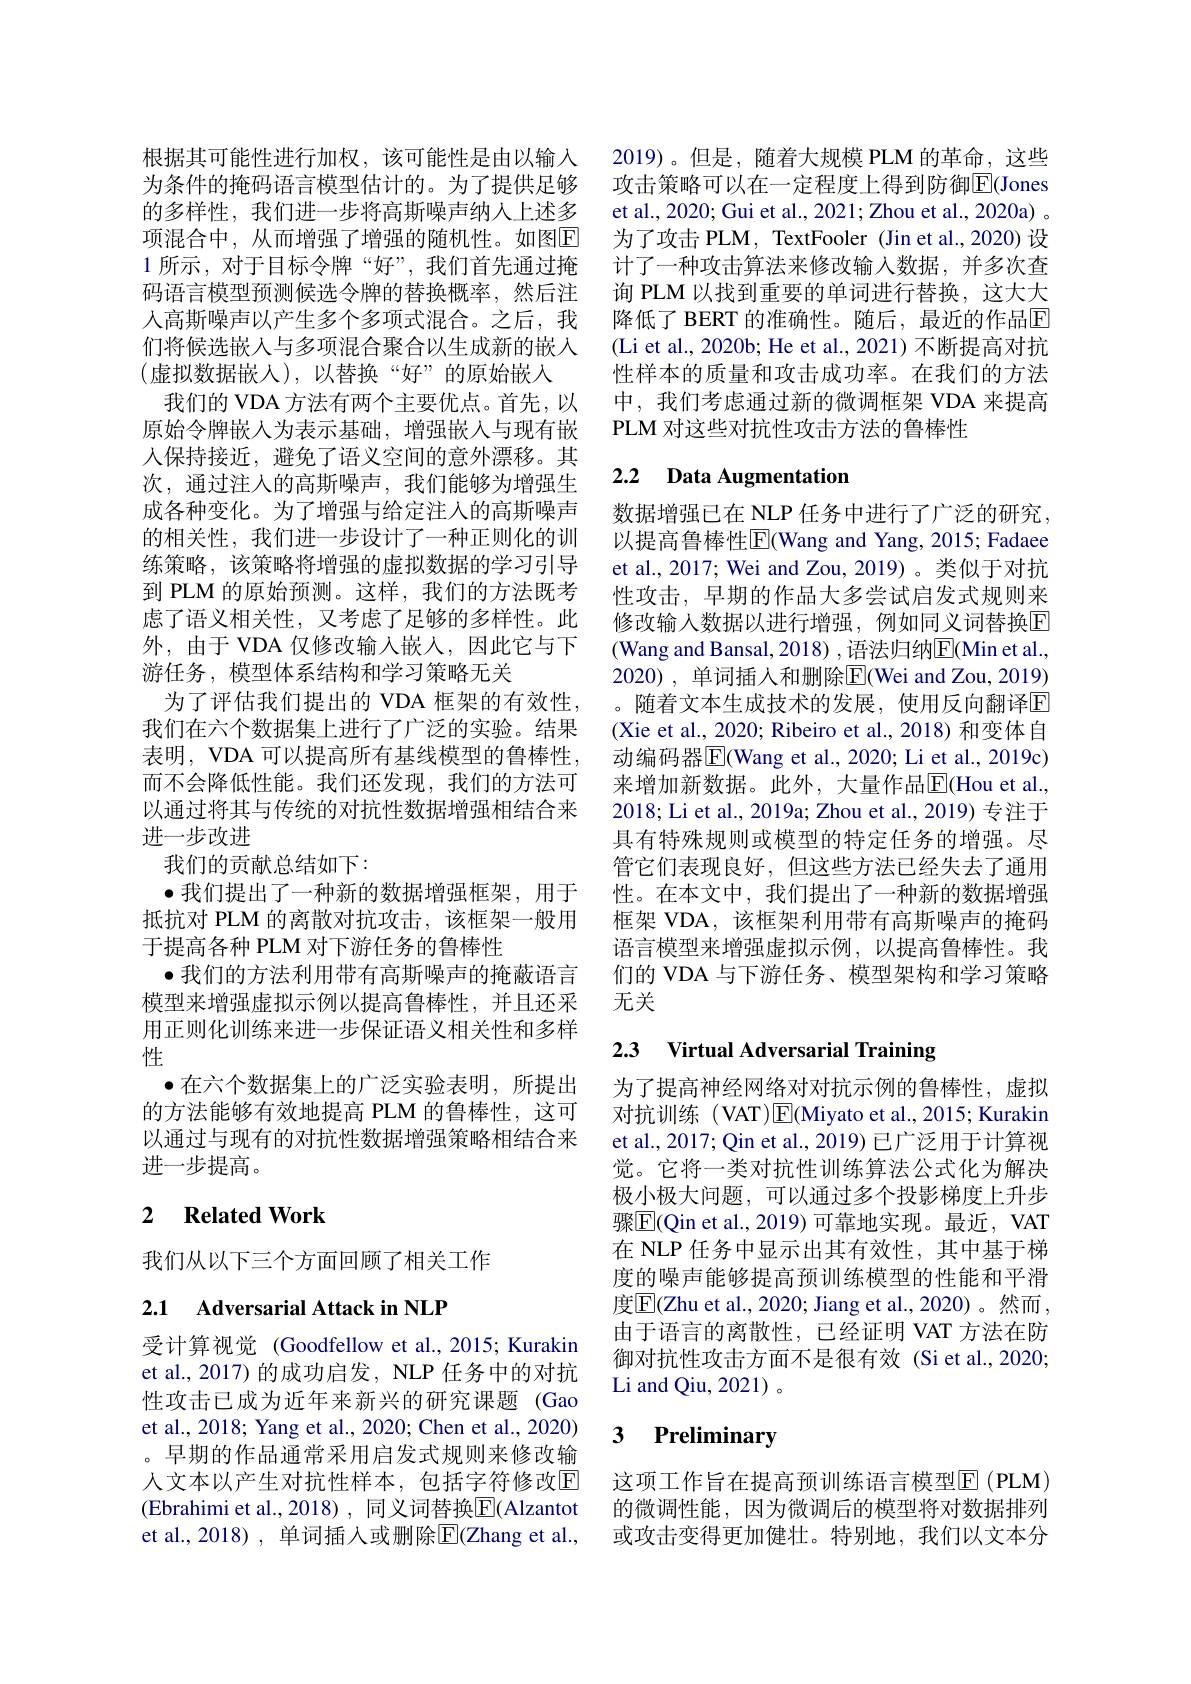
根据其可能性进行加权，该可能性是由以输入为条件的掩码语言模型估计的。为了提供足够的多样性，我们进一步将高斯噪声纳人上述多项混合中，从而增强了增强的随机性。如图$\boxed{\mathrm{E}}$ 1 所示，对于目标令牌“好”,我们首先通过掩码语言模型预测候选令牌的替换概率，然后注人高斯噪声以产生多个多项式混合。之后，我们将候选嵌入与多项混合聚合以生成新的嵌入(虚拟数据嵌入),以替换“好”的原始嵌入
我们的 VDA 方法有两个主要优点。首先，以原始令牌嵌入为表示基础，增强嵌入与现有嵌人保持接近，避免了语义空间的意外漂移。其次，通过注人的高斯噪声，我们能够为增强生成各种变化。为了增强与给定注入的高斯噪声的相关性，我们进一步设计了一种正则化的训练策略，该策略将增强的虚拟数据的学习引导到 PLM 的原始预测。这样，我们的方法既考虑了语义相关性，又考虑了足够的多样性。此外，由于 VDA 仅修改输入嵌人，因此它与下游任务，模型体系结构和学习策略无关
为了评估我们提出的 VDA 框架的有效性， 我们在六个数据集上进行了广泛的实验。结果表明，VDA 可以提高所有基线模型的鲁棒性， 而不会降低性能。我们还发现，我们的方法可以通过将其与传统的对抗性数据增强相结合来进一步改进
我们的贡献总结如下：
$\bullet$我们提出了一种新的数据增强框架，用于抵抗对 PLM 的离散对抗攻击，该框架一般用于提高各种 PLM 对下游任务的鲁棒性
$\bullet$我们的方法利用带有高斯噪声的掩蔽语言模型来增强虚拟示例以提高鲁棒性，并且还采用正则化训练来进一步保证语义相关性和多样性
$\bullet$在六个数据集上的广泛实验表明，所提出的方法能够有效地提高 PLM 的鲁棒性，这可以通过与现有的对抗性数据增强策略相结合来进一步提高。

## 2 $\textbf{Related Work}$

我们从以下三个方面回顾了相关工作

2.1 Adversarial Attack in NLP

受计算视觉 (Goodfellow et al., 2015; Kurakin et al., 2017) 的成功启发，NLP 任务中的对抗性攻击已成为近年来新兴的研究课题(Gao et al., 2018; Yang et al., 2020; Chen et al., 2020) 。早期的作品通常采用启发式规则来修改输人文本以产生对抗性样本，包括字符修改$\overline{\mathrm{E}}$ (Ebrahimi et al., 2018) , 同义词替换$\overline{\mathrm{E}}($Alzantot et al., 2018) , 单词插入或删除$\overline{\mathrm{E}}($Zhang et al.,

2019)。但是，随着大规模 PLM 的革命，这些攻击策略可以在一定程度上得到防御$\overline{\mathrm{E}}($Jones et al., 2020; Gui et al., 2021; Zhou et al., 2020a) 。为了攻击 PLM, TextFooler (Jin et al.,2020) 设计了一种攻击算法来修改输入数据，并多次查询 PLM 以找到重要的单词进行替换，这大大降低了 BERT 的准确性。随后，最近的作品$\overline{\mathrm{E}}$ (Li et al., 2020b; He et al., 2021) 不断提高对抗性样本的质量和攻击成功率。在我们的方法中，我们考虑通过新的微调框架 VDA 来提高PLM 对 这 些 对 抗 性 攻 击 方 法 的 鲁 棒 性

## 2.2 $\textbf{Data Augmentation}$

数据增强已在 NLP 任务中进行了广泛的研究， 以提高鲁棒性|El(Wang and Yang, 2015; Fadaee et al., 2017; Wei and Zou, 2019) 。类似于对抗性攻击，早期的作品大多尝试启发式规则来修改输入数据以进行增强，例如同义词替换$\overline{\mathrm{E}}$ (Wang and Bansal, 2018) , 语法归纳$\overline{\mathrm{E}}($Min et al., 2020) , 单词插入和删除$\overline{\mathrm{E}}($Wei and Zou, 2019) 。随着文本生成技术的发展，使用反向翻译$\boxed{\mathrm{E}}$ (Xie et al., 2020; Ribeiro et al., 2018) 和变体自动编码器$\overline{\mathrm{E}}($Wang et al., 2020; Li et al., 2019c) 来增加新数据。此外，大量作品$\overline{\mathbb{E}}($Hou et al., 2018; Li et al., 2019a; Zhou et al., 2019) 专注于具有特殊规则或模型的特定任务的增强。尽管它们表现良好，但这些方法已经失去了通用性。在本文中，我们提出了一种新的数据增强框架 VDA, 该框架利用带有高斯噪声的掩码语言模型来增强虚拟示例，以提高鲁棒性。我们的 VDA 与下游任务、模型架构和学习策略无关

### 2.3 Virtual Adversarial Training

为了提高神经网络对对抗示例的鲁棒性，虚拟对抗训练 (VAT)$\operatorname{E}($Miyato et al.,2015; Kurakin et al., 2017; Qin et al., 2019) 已广泛用于计算视觉。它将一类对抗性训练算法公式化为解决极小极大问题，可以通过多个投影梯度上升步骤$\overline{\mathrm{E}}($Qin et al.,2019)可靠地实现。最近，VAT 在 NLP 任务中显示出其有效性，其中基于梯度的噪声能够提高预训练模型的性能和平滑度$\boxed{\mathrm{E}}($Zhu et al., 2020; Jiang et al., 2020)。然而， 由于语言的离散性，已经证明 VAT 方法在防御对抗性攻击方面不是很有效(Siet al.,2020; Li and Qiu, 2021) 。

### 3 $\textbf{Preliminarw}$

这项工作旨在提高预训练语言模型$\operatorname{E}(\operatorname{PLM})$ 的微调性能，因为微调后的模型将对数据排列或攻击变得更加健壮。特别地，我们以文本分